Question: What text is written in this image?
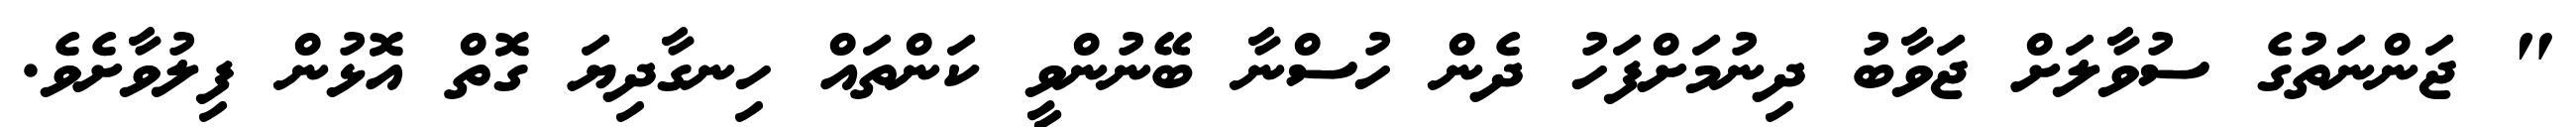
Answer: " ޖަންނަތުގެ ސުވާލަށް ޖަވާބު ދިނުމަށްފަހު ދެން ހުސްނާ ބޭނުންވީ ކަންތައް ހިނގާދިޔަ ގޮތް އޮޅުން ފިލުވާށެވެ.